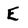
Character: E